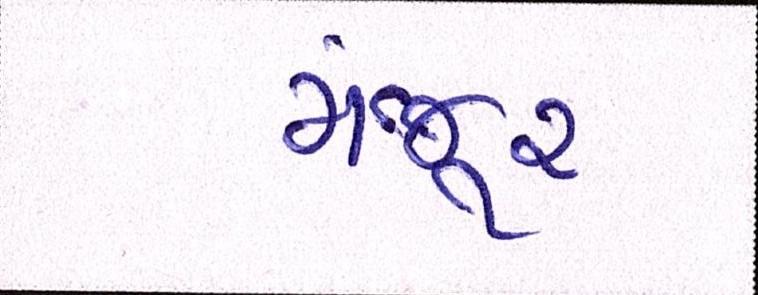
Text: મંજુર